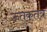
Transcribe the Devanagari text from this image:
ऊतकतंत्र